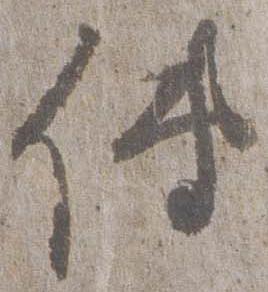
伝